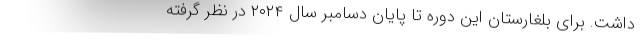
داشت. برای بلغارستان این دوره تا پایان دسامبر سال ۲۰۲۴ در نظر گرفته